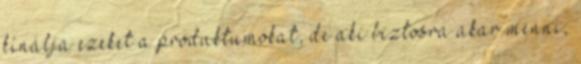
kínálja ezeket a produktumokat, de aki biztosra akar menni,